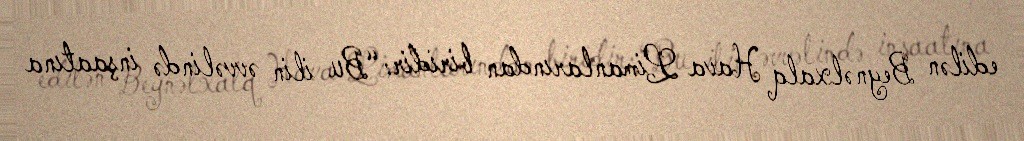
edilən Beynəlxalq Hava Limanlarından biridir: “Bu ilin əvvəlində inşaatına